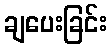
ချပေးခြင်း